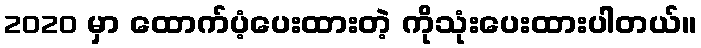
2020 မှာ ထောက်ပံ့ပေးထားတဲ့ ကိုသုံးပေးထားပါတယ်။